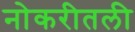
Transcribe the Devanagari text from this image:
नोकरीतली